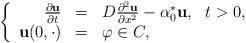
LaTeX: \begin{align*}\left\{\begin{array}{rcll}\frac{\partial {\bf u}}{\partial t}&=& D\frac{\partial^2 {\bf u}}{\partial x^2}-\alpha_0^* {\bf u}, & t>0,\\{\bf u}(0,\cdot)& =& \varphi\in C, &\end{array}\right.\end{align*}